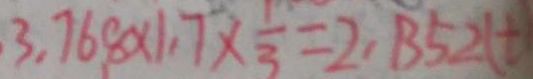
3 . 7 6 8 \times 1 . 7 \times \frac { 1 } { 3 } = 2 , 1 3 5 2 ( t